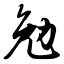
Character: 勉